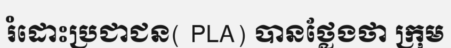
រំដោះប្រជាជន( PLA) បានថ្លែងថា ក្រុម